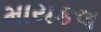
માયકલ